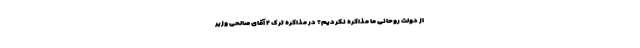
از دولت روحانی ما مذاکره نکردیم؟ در مذاکره تِرَک ۲ آقای صالحی وزیر